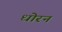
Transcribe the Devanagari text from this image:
धोरन